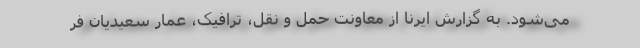
می‌شود. به گزارش ایرنا از معاونت حمل و نقل، ترافیک، عمار سعیدیان فر